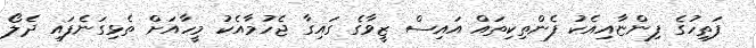
ފަތިހުގެ ފިންޏާއިއެކު ފެންތިކިތައް އައިސް ޒީވާގެ ގައިގާ ޖެހުމާއެކު މީހާއަށް ތެޅިގަނެފައި ދެލޯ